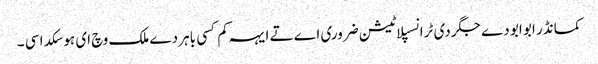
کمانڈر ابو ابو دے جگر دی ٹرانسپلاٹیشن ضروری اے تے ایہہ کم کسی باہر دے ملک وچ ای ہو سکدا سی ۔